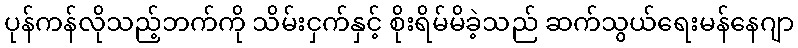
ပုန်ကန်လိုသည့်ဘက်ကို သိမ်းငှက်နှင့် စိုးရိမ်မိခဲ့သည် ဆက်သွယ်ရေးမန်နေဂျာ